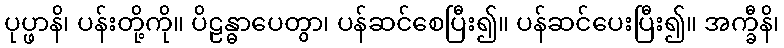
ပုပ္ဖာနိ၊ ပန်းတို့ကို။ ပိဠန္ဓာပေတွာ၊ ပန်ဆင်စေပြီး၍။ ပန်ဆင်ပေးပြီး၍။ အက္ခီနိ၊